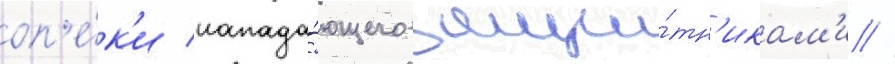
оп'е́к'и напада́ющего защи́тн'икам'и //